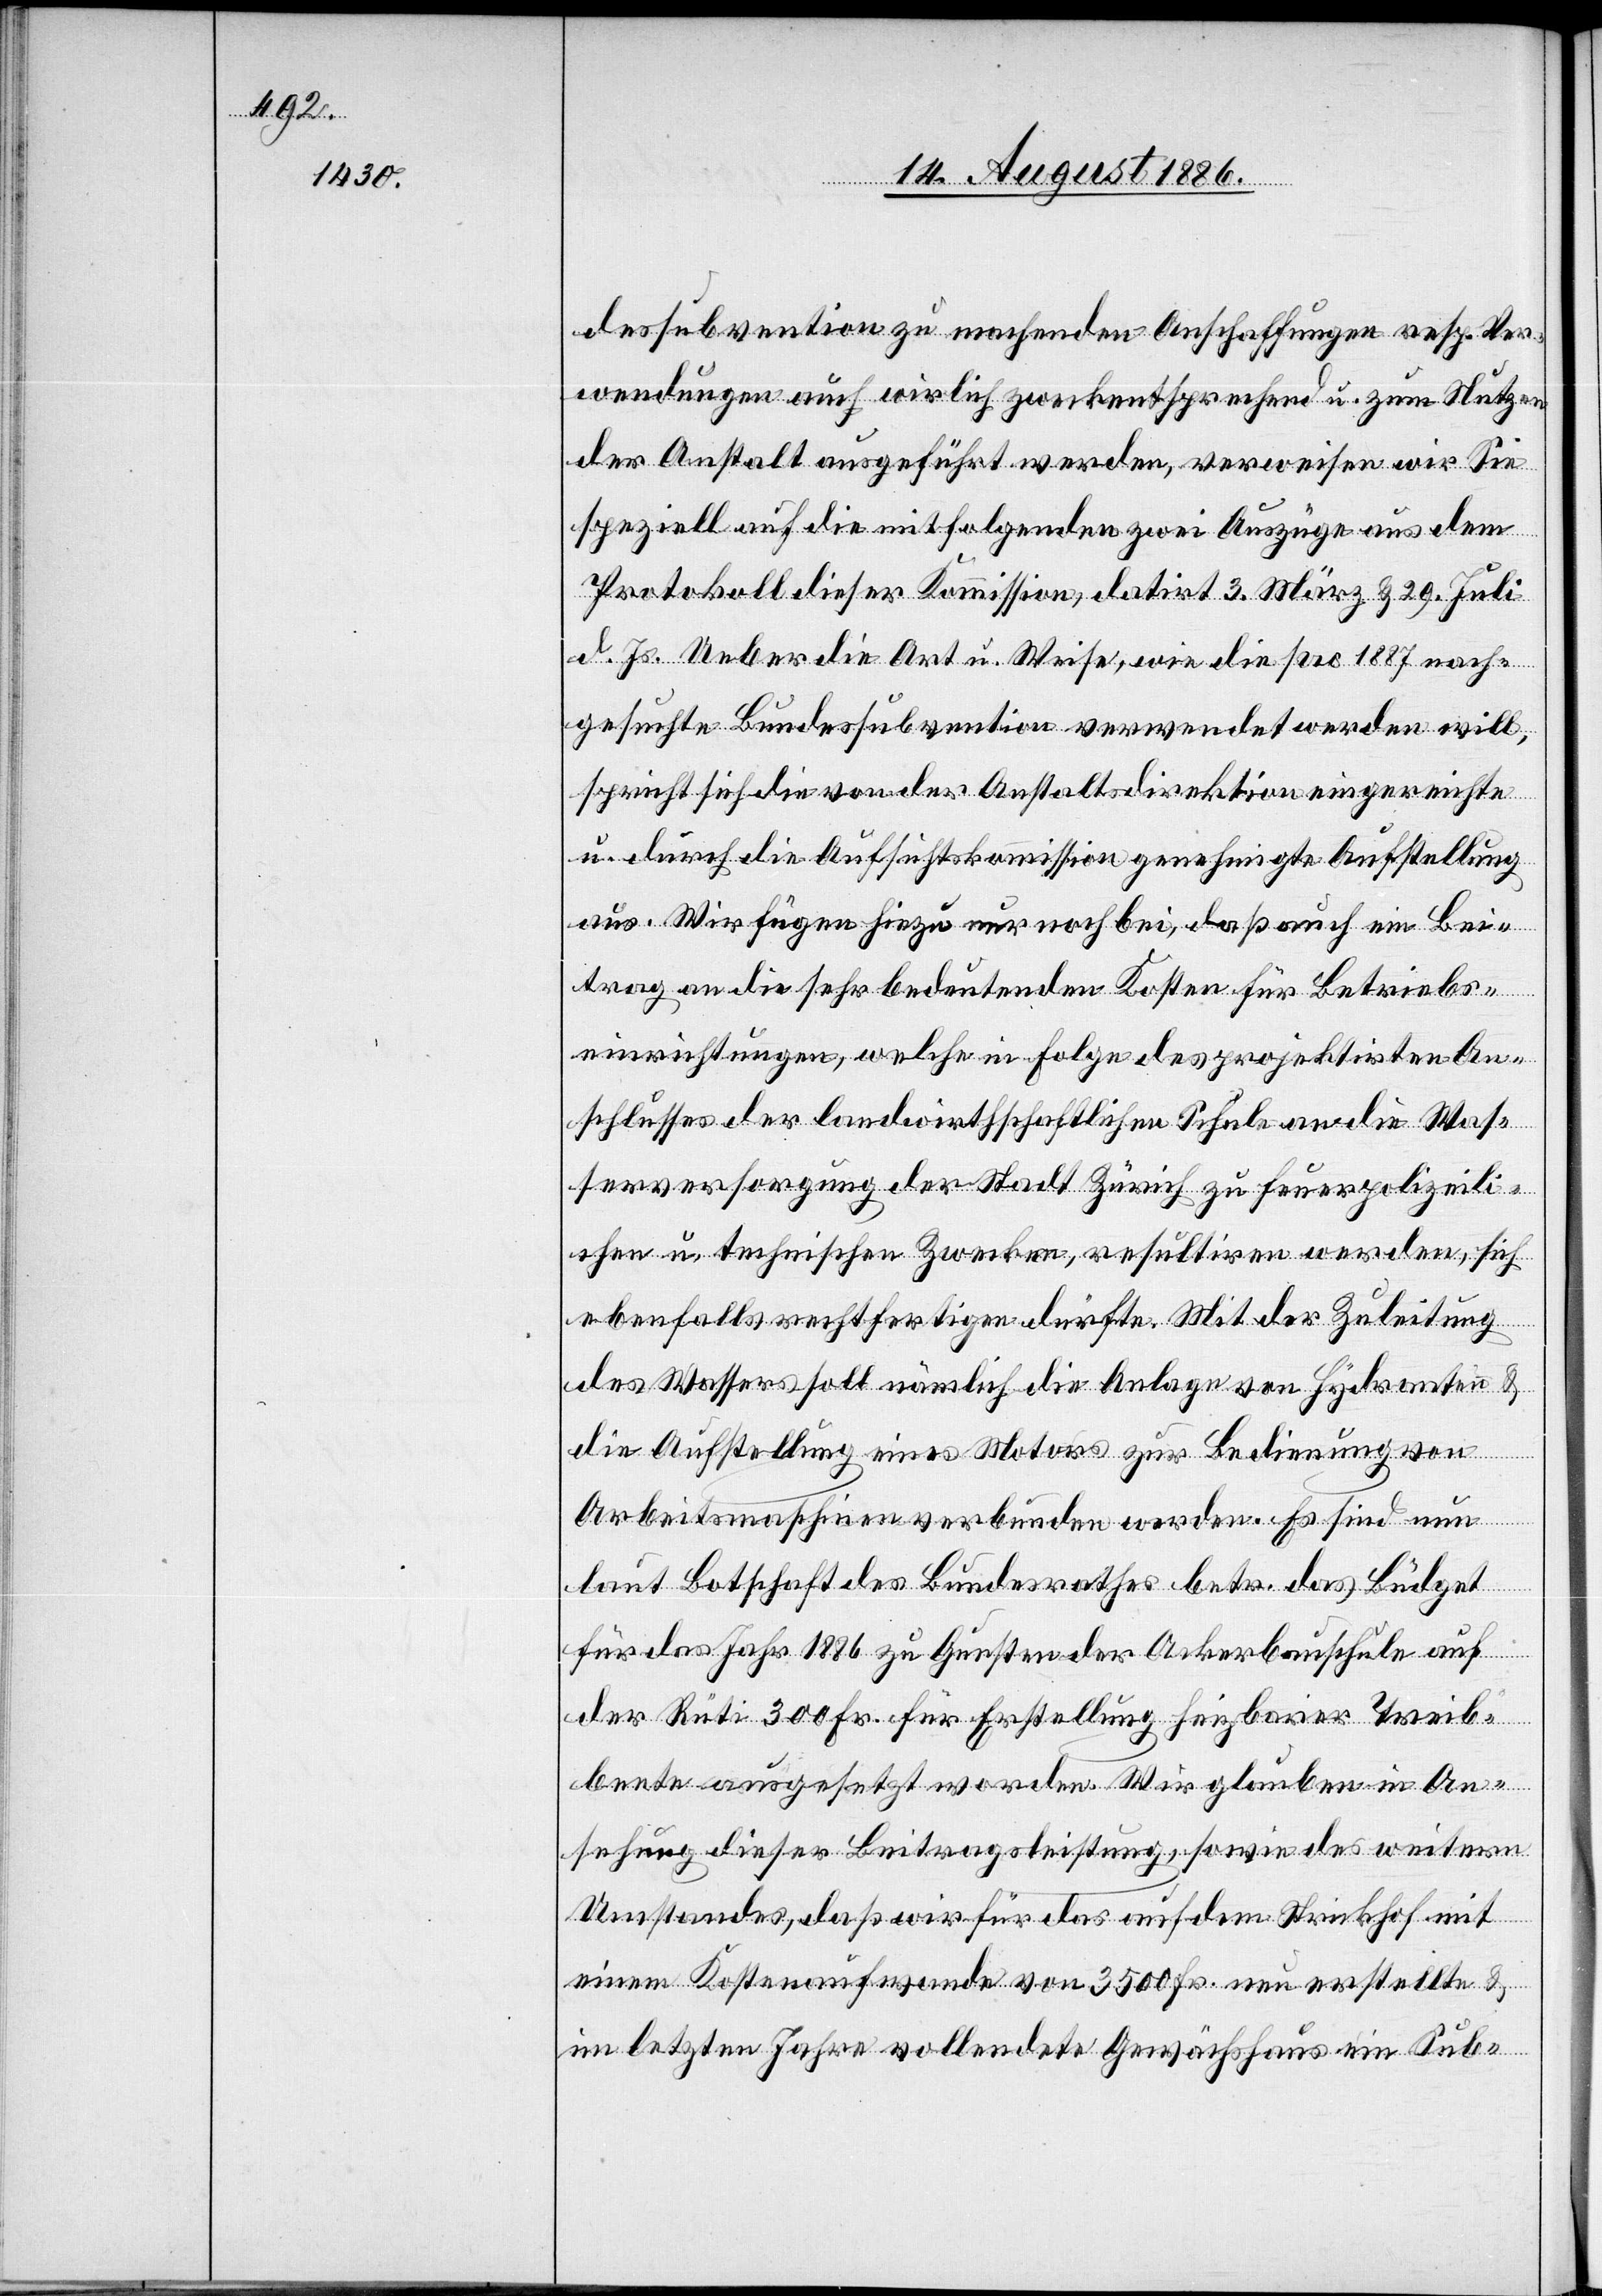
dessubvention zu machenden Anschaffungen resp. Ver¬
wendungen auch wirklich zweckentsprechend u. zum Nutzen
der Anstalt ausgeführt werden, verweisen wir Sie
speziell auf die mitfolgenden zwei Auszüge aus dem
Protokoll dieser Kommission, datirt 3. März & 29. Juli
d. Js. Ueber die Art u. Weise, wie die pro 1887 nach¬
gesuchte Bundessubvention verwendet werden will,
spricht sich die von der Anstaltsdirektion eingereichte
u. durch die Aufsichtskommission genehmigte Aufstellung
aus. Wir fügen hiezu nur noch bei, daß auch ein Bei¬
trag an die sehr bedeutenden Kosten für Betriebs¬
einrichtungen, welche in Folge des projektirten An¬
schlusses der landwirthschaftlichen Schule an die Was¬
serversorgung der Stadt Zürich zu feuerpolizeili¬
chen u. technischen Zwecken, resultiren werden, sich
ebenfalls rechtfertigen dürfte. Mit der Zuleitung
des Wassers soll nämlich die Anlage von Hydranten &
die Aufstellung eines Motors zur Bedienung von
Arbeitsmaschinen verbunden werden. Es sind nun
laut Botschaft des Bundesrathes betr. das Büdget
für das Jahr 1886 zu Gunsten der Ackerbauschule auf
der Rüti 300 Fr. für Erstellung heizbarer Treib¬
beete ausgesetzt worden. Wir glauben in An¬
sehung dieser Beitragsleistung, sowie des weitern
Umstandes, daß wir für das auf dem Strickhof mit
einem Kostenaufwande von 3500 Fr. neu erstellte &
im letzten Jahre vollendete Gewächshaus ein Sub-